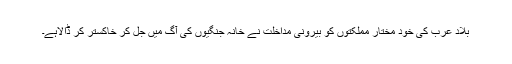
بلاد عرب کی خود مختار مملکتوں کو بیرونی مداخلت نے خانہ جنگیوں کی آگ میں جل کر خاکستر کر ڈالاہے۔